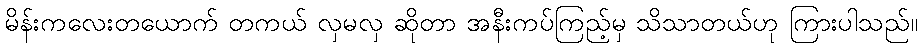
မိန်းကလေးတယောက် တကယ် လှမလှ ဆိုတာ အနီးကပ်ကြည့်မှ သိသာတယ်ဟု ကြားပါသည်။